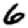
Digit: 6